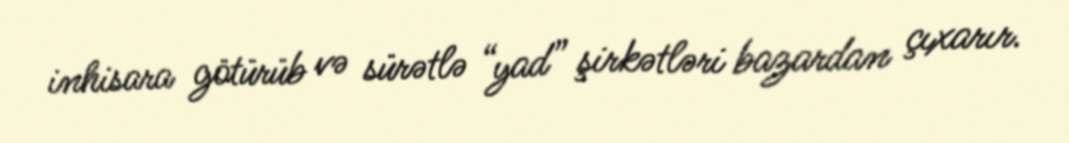
inhisara götürüb və sürətlə “yad” şirkətləri bazardan çıxarır.